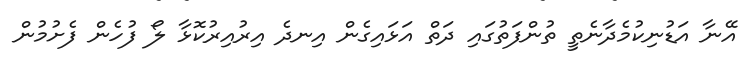
އޭނާ އަޑުނިކުމެދާނެތީ ތުންފަތުގައި ދަތް އަޅައިގެން އިނދެ އިރުއިރުކޮޅާ ލޯ ފުހެން ފެށުމުން